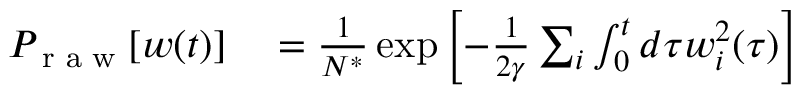
\begin{array} { r l } { P _ { \textrm { r a w } } [ w ( t ) ] } & { { } = \frac { 1 } { N ^ { * } } \exp \left[ { - \frac { 1 } { 2 \gamma } \sum _ { i } \int _ { 0 } ^ { t } d \tau w _ { i } ^ { 2 } ( \tau ) } \right] } \end{array}